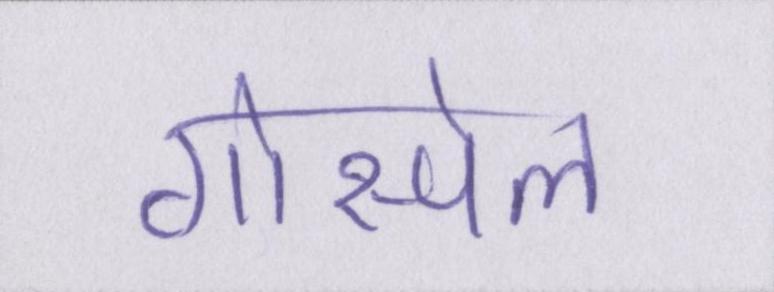
गोस्पेल